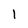
Character: l